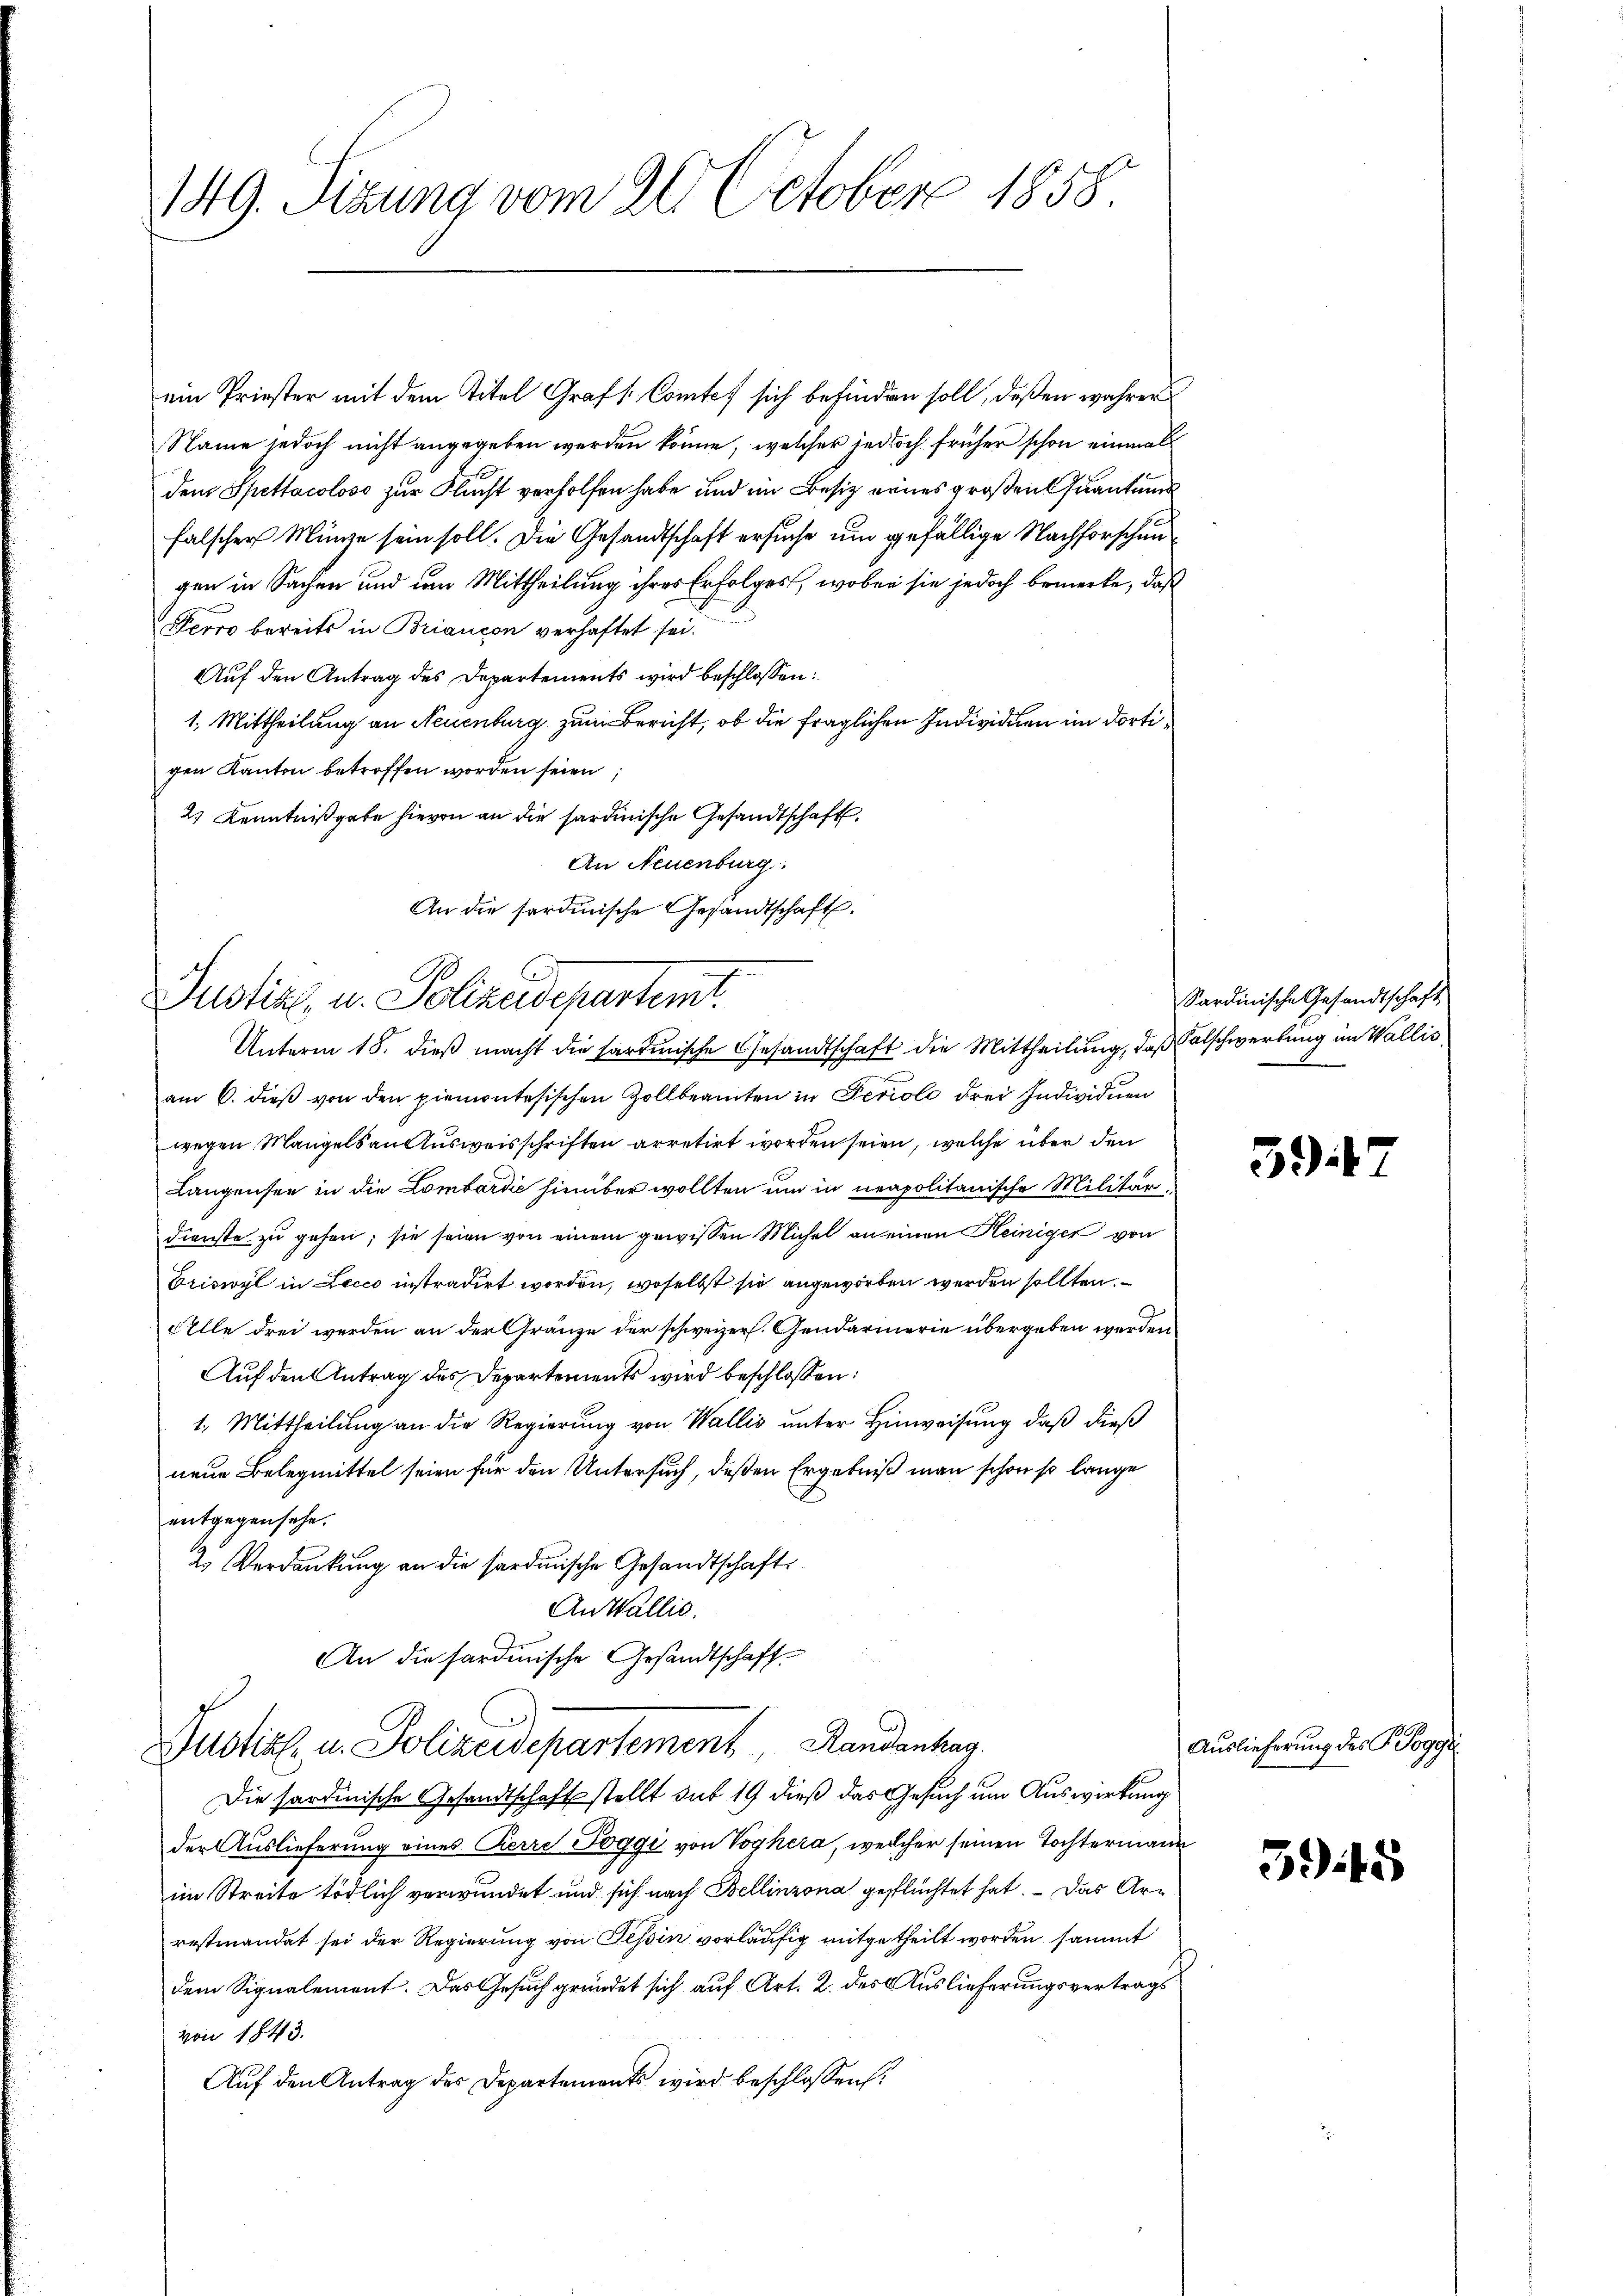
149. Sizung vom 26. October 1858.

ein Priester mit dem Titel Graf Comtes sich befinden soll, deßen wahrer
Name jedoch nicht angegeben werden könne, welcher jedoch früher schon einmal
dem Spettacoloss zur Flucht verholfen habe und im Besitz eines großen Quantums
falscher Münze sein soll. Die Gesandtschaft ersuche um gefällige Nachforschungen in Sachen und um Mittheilung ihres Erfolges, wobei sie jedoch bemerke, daß
Perro bereits in Briancon verhaftet sei.
Auf den Antrag des Departements wird beschlossen:
1. Mittheilung an Neuenburg zum Bericht, ob die fraglichen Individuen im dortigen Kanton betroffen worden seien,
2) Kenntnißgabe hievon an die sardinische Gesandtschaft.
An Neuenburg.
An die sardinische Gesandtschaft.

Justiz, u. Polizeidepartemt.
Unterm 18. dieß macht die hardinische Gesandtschaft die Mittheilung, daß Salschwertung im Wallis,

Zustiz u. Polizeidepartement Landantag

am 6. dieβ von den piemontesischen Zollbeamten in Periole drei Individuen
wegen Mangels an Ausweisschriften arretirt worden seien, welche über den
Langensee in die Lombardić hinüber wollten um in neapolitanische Militärdienste zu gehen; sie seien von einem gewissen Michel an einen Heiniger von
Oriswyl in Lecco instradirt worden, woselbst sie angeworben werden sollten.
Alle drei werden an der Gränze der schweizer. Gendarmerie übergeben werden
Auf den Antrag des Departements wird beschlossen:
1. Mittheilung an die Regierung von Wallis unter Hinweisung, daß dieß
neue Belegmittel seien für den Untersuch, deßen Ergebniß man schon so lange
entgegensehe.
2. Verdankung an die sardinische Gesandtschaft
An Wallić.
An die sardinische Gesandtschaft

Die sardinische Gesandtschaft stellt sub 19 dieß das Gesuch um Auswirkung
der Auslieferung eines Herre Toggi von Voghera, welcher seinen Tochtermann
im Streite tödlich verwundet und sich nach Bellinzona geflüchtet hat. – Das Arrestmandat sei der Regierung von Tessin vorläufig mitgetheilt worden sammt
dem Signalement. Das Gesuch gründet sich auf Art. 2. des Auslieferungsvertrags
von 1843.
Auf den Antrag des Departements wird beschlossen:

Sardinische Gesandtschaft

59

Auslieferung des Pogge

39.15